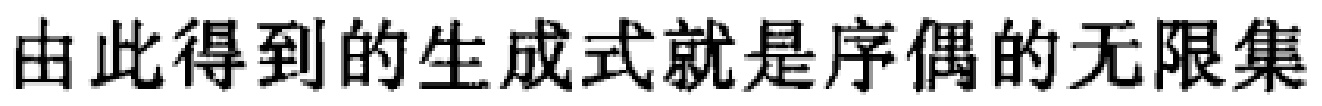
由此得到的生成式就是序偶的无限集